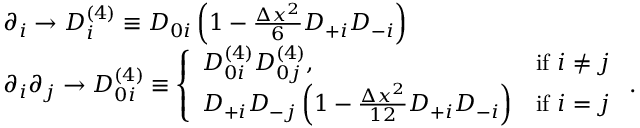
\begin{array} { r l } & { \partial _ { i } \rightarrow D _ { i } ^ { ( 4 ) } \equiv D _ { 0 i } \left( 1 - \frac { \Delta x ^ { 2 } } { 6 } D _ { + i } D _ { - i } \right) } \\ & { \partial _ { i } \partial _ { j } \rightarrow D _ { 0 i } ^ { ( 4 ) } \equiv \left\{ \begin{array} { l l } { D _ { 0 i } ^ { ( 4 ) } D _ { 0 j } ^ { ( 4 ) } , } & { \mathrm { i f ~ } i \neq j } \\ { D _ { + i } D _ { - j } \left( 1 - \frac { \Delta x ^ { 2 } } { 1 2 } D _ { + i } D _ { - i } \right) } & { \mathrm { i f ~ } i = j } \end{array} \right. . } \end{array}